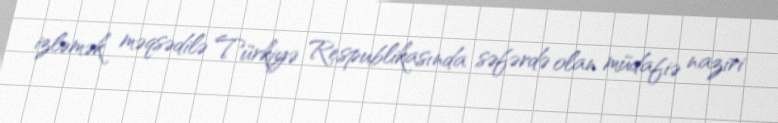
izləmək məqsədilə Türkiyə Respublikasında səfərdə olan müdafiə naziri